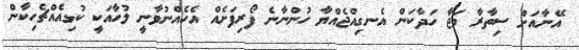
އޭނާއަށް ސިތާރާ މަޖާ ހަދާކަން އެނގިއްޖެއްޔާ ހުންނާނެ ފޯރިފަށެއް އެހެއްނުވާނީ ލުހާއަކީ ކުޅިއެއްޗެހިކާން